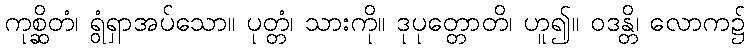
ကုစ္ဆိတံ၊ ရွံရှာအပ်သော။ ပုတ္တံ၊ သားကို။ ဒုပုတ္တောတိ၊ ဟူ၍။ ဝဒန္တိ၊ လောက၌